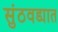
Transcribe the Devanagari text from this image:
सुंठवड्यात